Leningradi_Edasi_toimetus, lk 67
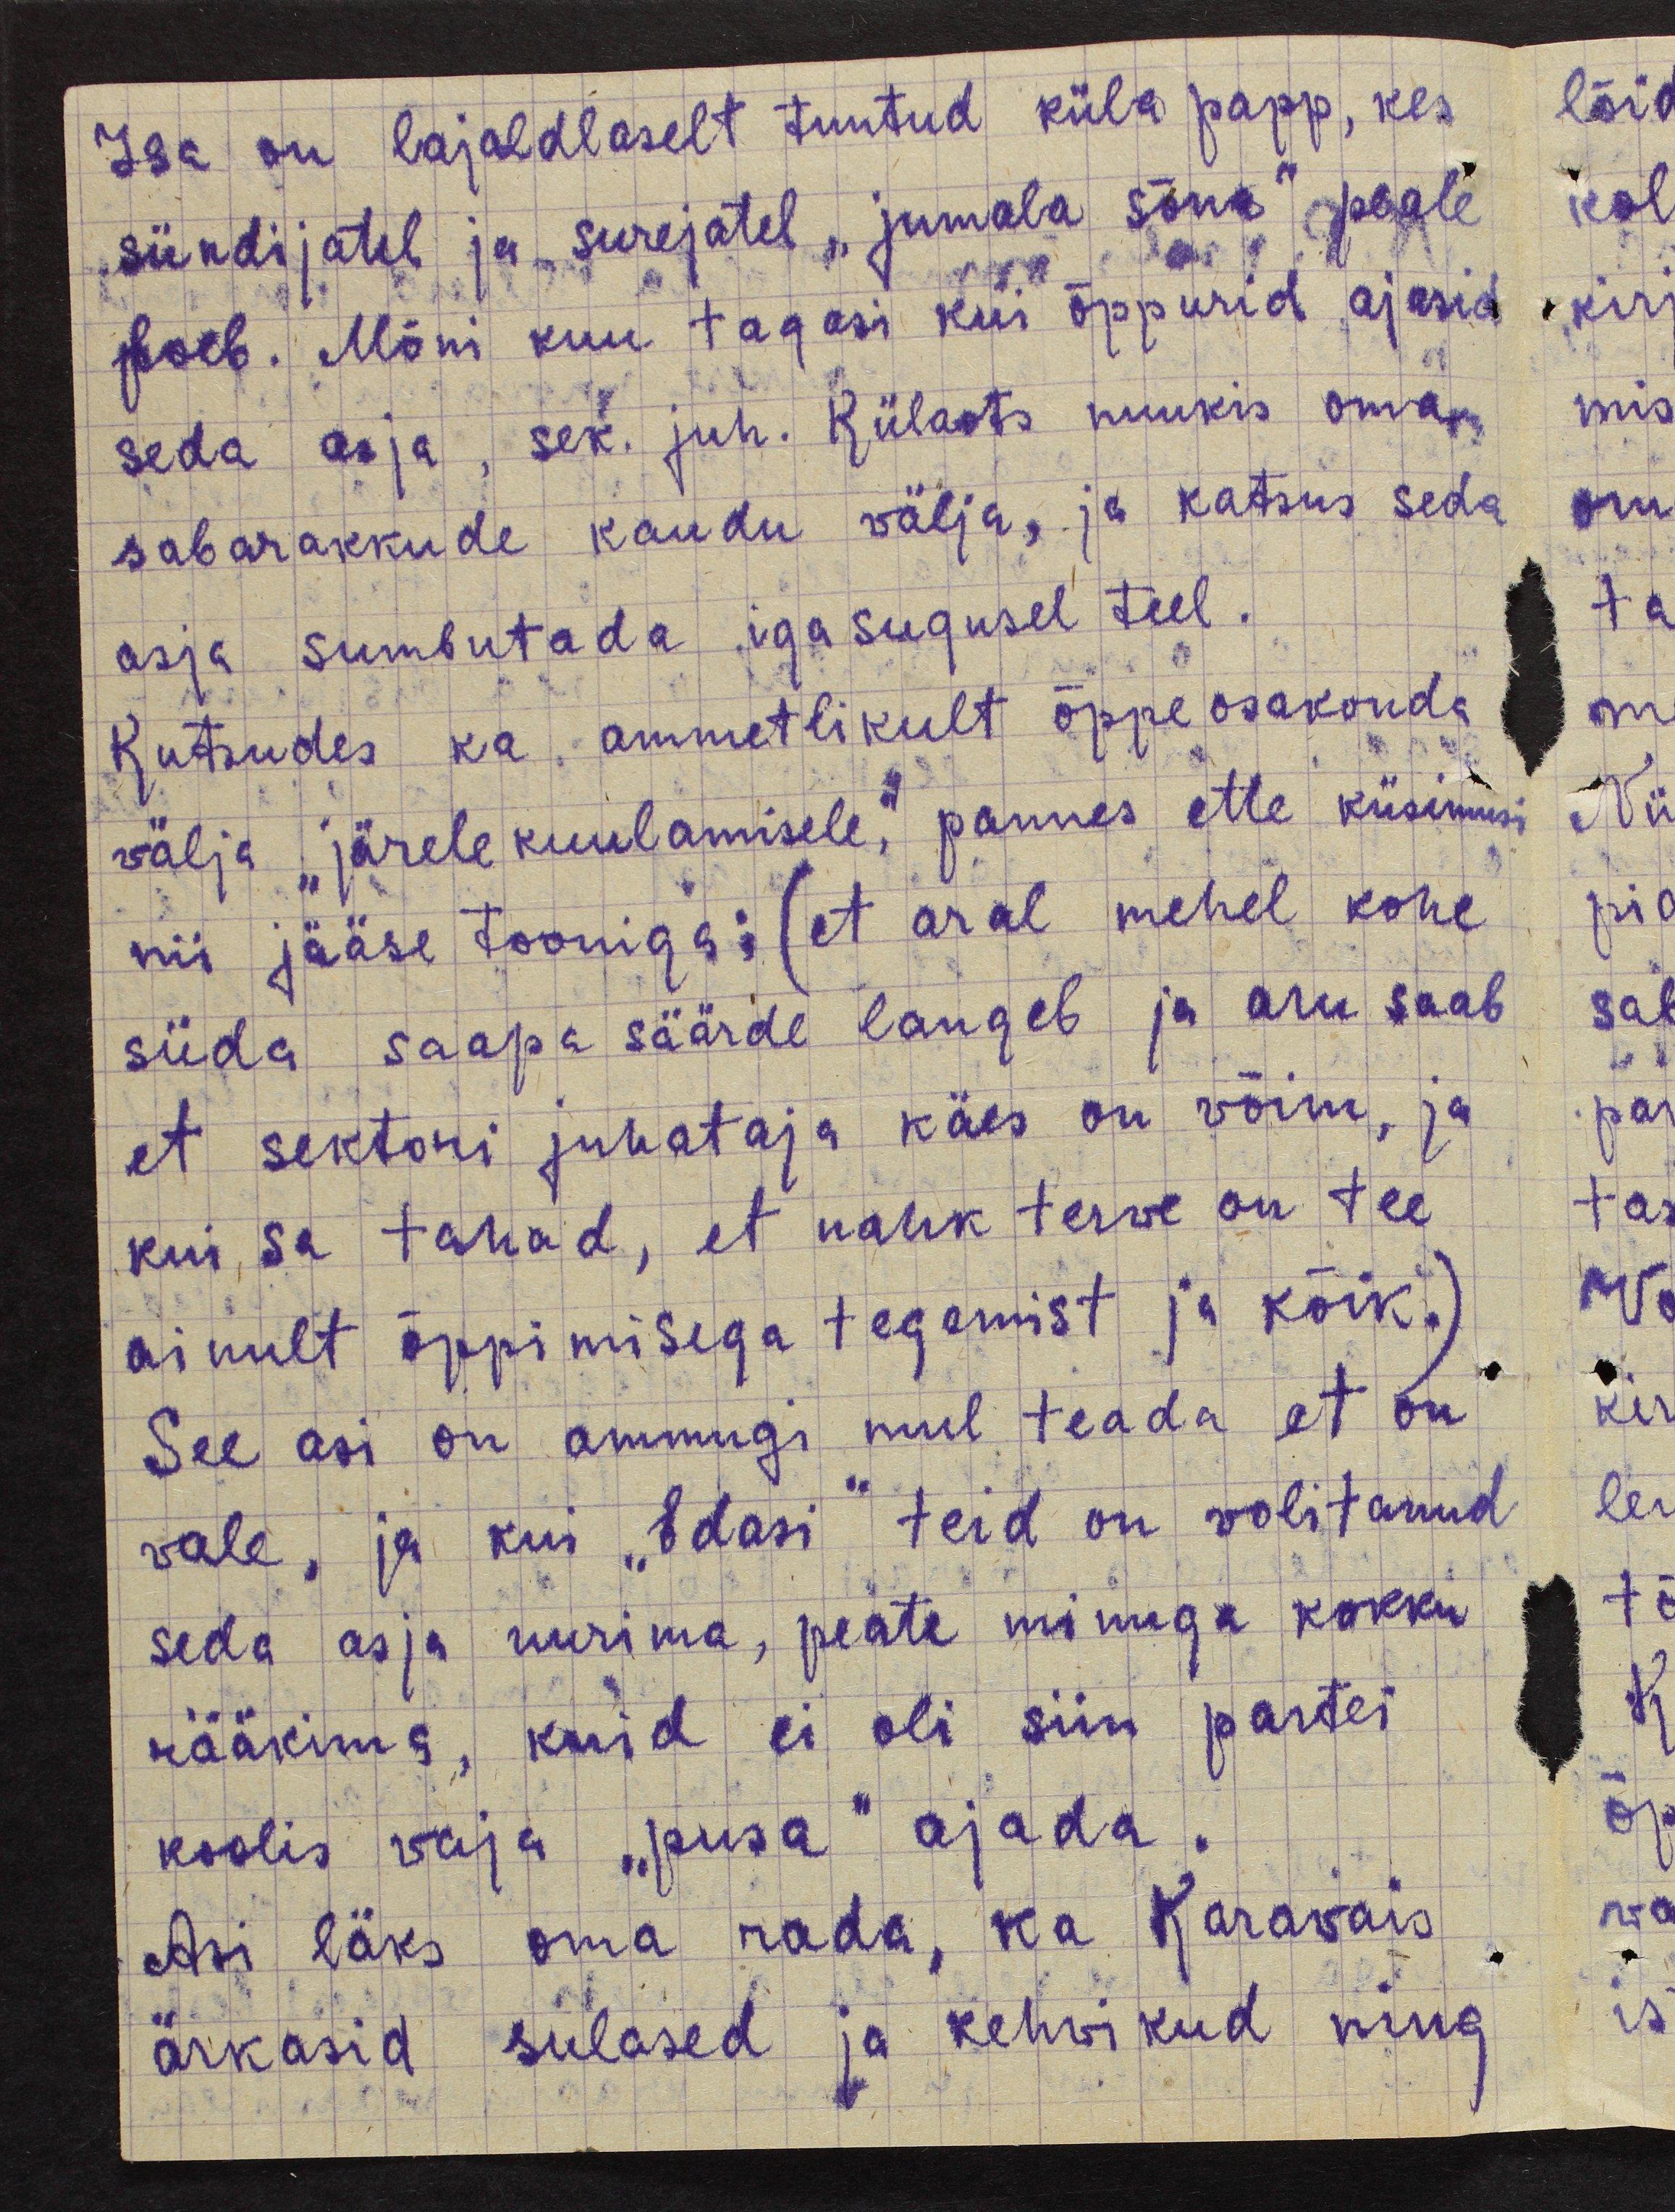
Isa on lajaldlaselt tuntud küla papp, kes
sündijatel ja surejatel "jumala sõna" peale
loeb. Mõni kuu tagasi kui õppurid ajasid
seda asja, sek juh. Külaots nuukis oma
sabarakkude kaudu välja, ja katsus seda
asja sumbutada igasugusel teel.
Kutsudes ka ammetlikult õppeosakonda
välja "järelekuulamisele", pannes ette küsimusi
nii jääse tooniga: (et aral mehel kohe
süda saapa säärde langeb ja aru saab
et sektori juhataja käes on võim, ja
kui sa tahad, et nahk terve on tee
ainult õppimisega tegemist ja kõik.)
See asi on ammugi mul teada et on
vale, ja kui "Edasi" teid on volitanud
seda asja uurima, peate minuga kokku
rääkima, kuid ei oli siin partei
koolis vaja "pusa" ajada.
Asi läks oma rada, ka Karavais
ärkasid sulased ja kehvikud ning